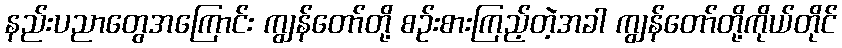
နည်းပညာတွေအကြောင်း ကျွန်တော်တို့ စဉ်းစားကြည့်တဲ့အခါ ကျွန်တော်တို့ကိုယ်တိုင်